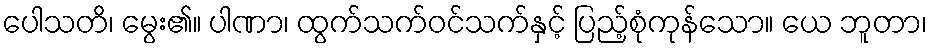
ပေါသတိ၊ မွေး၏။ ပါဏာ၊ ထွက်သက်ဝင်သက်နှင့် ပြည့်စုံကုန်သော။ ယေ ဘူတာ၊